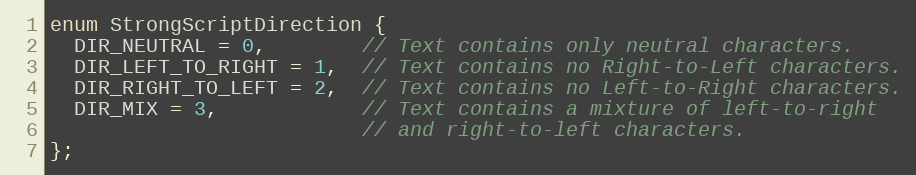
Language: C
enum StrongScriptDirection {
  DIR_NEUTRAL = 0,        // Text contains only neutral characters.
  DIR_LEFT_TO_RIGHT = 1,  // Text contains no Right-to-Left characters.
  DIR_RIGHT_TO_LEFT = 2,  // Text contains no Left-to-Right characters.
  DIR_MIX = 3,            // Text contains a mixture of left-to-right
                          // and right-to-left characters.
};